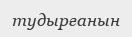
тудырғанын